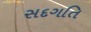
સદગતિ